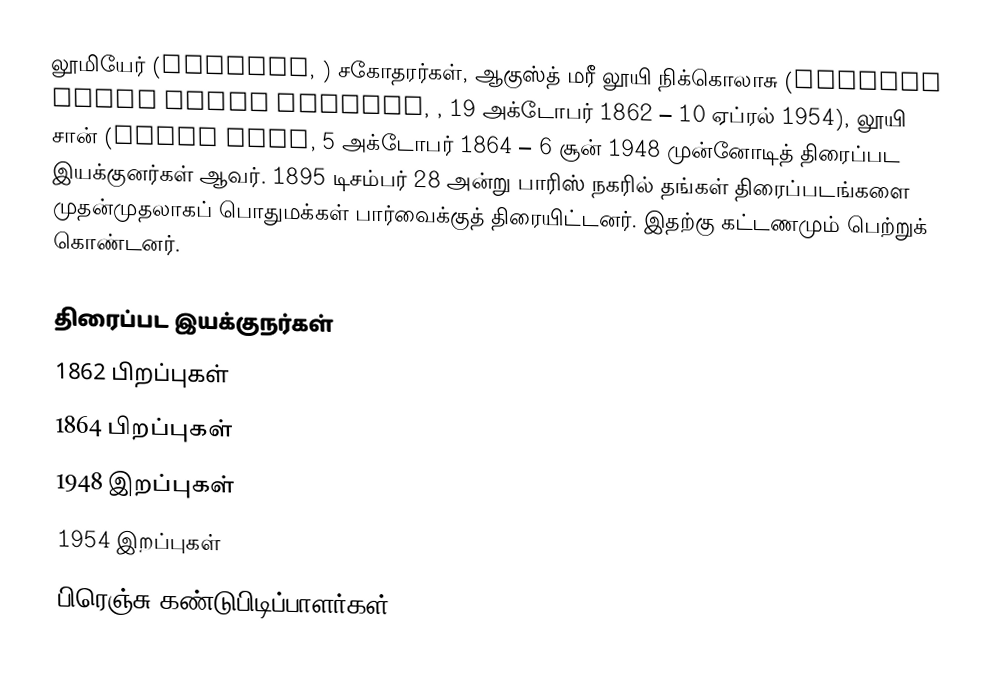
லூமியேர் (Lumière, ) சகோதரர்கள், ஆகுஸ்த் மரீ லூயி நிக்கொலாசு (Auguste Marie Louis Nicolas, , 19 அக்டோபர் 1862 – 10 ஏப்ரல் 1954), லூயி சான் (Louis Jean, 5 அக்டோபர் 1864 – 6 சூன் 1948 முன்னோடித் திரைப்பட இயக்குனர்கள் ஆவர். 1895 டிசம்பர் 28 அன்று பாரிஸ் நகரில் தங்கள் திரைப்படங்களை முதன்முதலாகப் பொதுமக்கள் பார்வைக்குத் திரையிட்டனர். இதற்கு கட்டணமும் பெற்றுக் கொண்டனர்.

திரைப்பட இயக்குநர்கள்
1862 பிறப்புகள்
1864 பிறப்புகள்
1948 இறப்புகள்
1954 இறப்புகள்
பிரெஞ்சு கண்டுபிடிப்பாளர்கள்